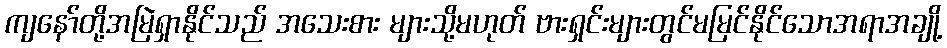
ကျနော်တို့အမြဲရှာနိုင်သည် အသေးစား များသို့မဟုတ် ဗားရှင်းများတွင်မမြင်နိုင်သောအရာအချို့